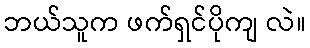
ဘယ်သူက ဖက်ရှင်ပိုကျ လဲ။